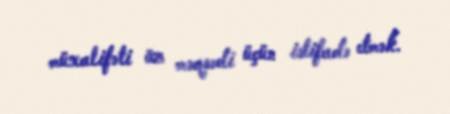
müxalifəti öz məqsədi üçün istifadə etmək.